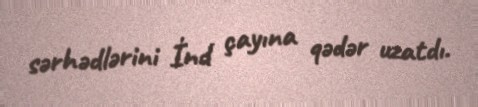
sərhədlərini İnd çayına qədər uzatdı.